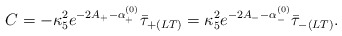
\begin{align*}C = -\kappa_5^2e^{-2A_+-\alpha^{(0)}_+}\bar{\tau}_{+(LT)} = \kappa_5^2e^{-2A_--\alpha^{(0)}_-}\bar{\tau}_{-(LT)}.\end{align*}